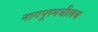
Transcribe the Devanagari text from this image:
नागपूरमधीलच